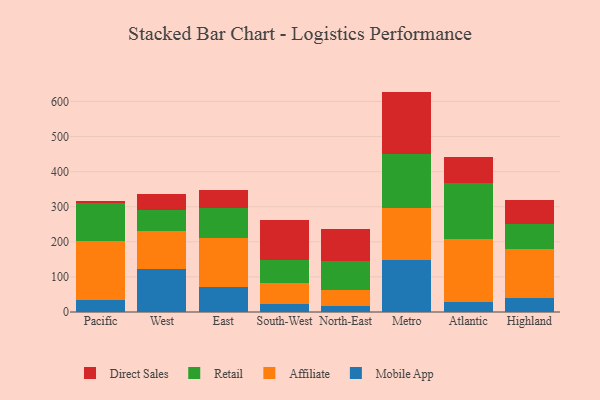
{"axis": {"x": "Region", "y": "Customer Acquisition Cost (USD)"}, "legend": ["Affiliate", "Direct Sales", "Mobile App", "Retail"], "data": [{"x": "Pacific", "y": 32.9, "type": "Mobile App"}, {"x": "Pacific", "y": 170.6, "type": "Affiliate"}, {"x": "Pacific", "y": 107.7, "type": "Retail"}, {"x": "Pacific", "y": 5.7, "type": "Direct Sales"}, {"x": "West", "y": 122.4, "type": "Mobile App"}, {"x": "West", "y": 109.3, "type": "Affiliate"}, {"x": "West", "y": 58.1, "type": "Retail"}, {"x": "West", "y": 47.7, "type": "Direct Sales"}, {"x": "East", "y": 72.3, "type": "Mobile App"}, {"x": "East", "y": 137.9, "type": "Affiliate"}, {"x": "East", "y": 86.7, "type": "Retail"}, {"x": "East", "y": 51.4, "type": "Direct Sales"}, {"x": "South-West", "y": 23.7, "type": "Mobile App"}, {"x": "South-West", "y": 60.3, "type": "Affiliate"}, {"x": "South-West", "y": 65.0, "type": "Retail"}, {"x": "South-West", "y": 114.3, "type": "Direct Sales"}, {"x": "North-East", "y": 18.5, "type": "Mobile App"}, {"x": "North-East", "y": 44.9, "type": "Affiliate"}, {"x": "North-East", "y": 82.3, "type": "Retail"}, {"x": "North-East", "y": 91.7, "type": "Direct Sales"}, {"x": "Metro", "y": 147.0, "type": "Mobile App"}, {"x": "Metro", "y": 148.6, "type": "Affiliate"}, {"x": "Metro", "y": 155.2, "type": "Retail"}, {"x": "Metro", "y": 177.2, "type": "Direct Sales"}, {"x": "Atlantic", "y": 29.2, "type": "Mobile App"}, {"x": "Atlantic", "y": 179.0, "type": "Affiliate"}, {"x": "Atlantic", "y": 158.7, "type": "Retail"}, {"x": "Atlantic", "y": 75.4, "type": "Direct Sales"}, {"x": "Highland", "y": 39.1, "type": "Mobile App"}, {"x": "Highland", "y": 140.4, "type": "Affiliate"}, {"x": "Highland", "y": 71.8, "type": "Retail"}, {"x": "Highland", "y": 66.9, "type": "Direct Sales"}]}